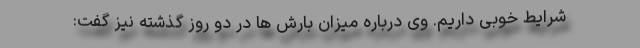
شرایط خوبی داریم. وی درباره میزان بارش ها در دو روز گذشته نیز گفت: